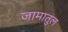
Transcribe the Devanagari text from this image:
जामातुल